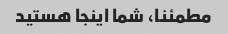
مطمئنا، شما اینجا هستید